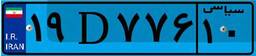
۱۹D۷۷۶۱۰